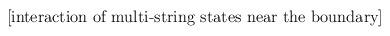
LaTeX: \begin{align*}\mbox{[interaction of multi-string states near the boundary]}\end{align*}